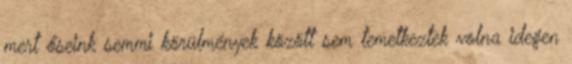
mert őseink semmi körülmények között sem temetkeztek volna idegen